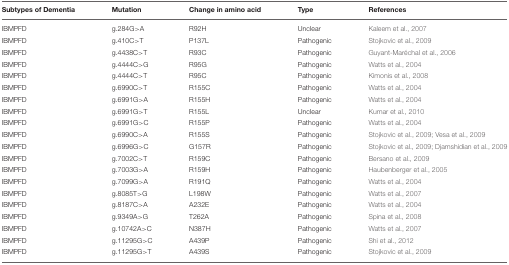
<table><thead><tr><td><b>Subtypes of Dementia</b></td><td><b>Mutation</b></td><td><b>Change in amino acid</b></td><td><b>Type</b></td><td><b>References</b></td></tr></thead><tbody><tr><td>IBMPFD</td><td>g.284G&gt;A</td><td>R92H</td><td>Unclear</td><td>Kaleem et al., 2007</td></tr><tr><td>IBMPFD</td><td>g.410C&gt;T</td><td>P137L</td><td>Pathogenic</td><td>Stojkovic et al., 2009</td></tr><tr><td>IBMPFD</td><td>g.4438C&gt;T</td><td>R93C</td><td>Pathogenic</td><td>Guyant-Maréchal et al., 2006</td></tr><tr><td>IBMPFD</td><td>g.4444C&gt;G</td><td>R95G</td><td>Pathogenic</td><td>Watts et al., 2004</td></tr><tr><td>IBMPFD</td><td>g.4444C&gt;T</td><td>R95C</td><td>Pathogenic</td><td>Kimonis et al., 2008</td></tr><tr><td>IBMPFD</td><td>g.6990C&gt;T</td><td>R155C</td><td>Pathogenic</td><td>Watts et al., 2004</td></tr><tr><td>IBMPFD</td><td>g.6991G&gt;A</td><td>R155H</td><td>Pathogenic</td><td>Watts et al., 2004</td></tr><tr><td>IBMPFD</td><td>g.6991G&gt;T</td><td>R155L</td><td>Unclear</td><td>Kumar et al., 2010</td></tr><tr><td>IBMPFD</td><td>g.6991G&gt;C</td><td>R155P</td><td>Pathogenic</td><td>Watts et al., 2004</td></tr><tr><td>IBMPFD</td><td>g.6990C&gt;A</td><td>R155S</td><td>Pathogenic</td><td>Stojkovic et al., 2009; Vesa et al., 2009</td></tr><tr><td>IBMPFD</td><td>g.6996G&gt;C</td><td>G157R</td><td>Pathogenic</td><td>Stojkovic et al., 2009; Djamshidian et al., 2009</td></tr><tr><td>IBMPFD</td><td>g.7002C&gt;T</td><td>R159C</td><td>Pathogenic</td><td>Bersano et al., 2009</td></tr><tr><td>IBMPFD</td><td>g.7003G&gt;A</td><td>R159H</td><td>Pathogenic</td><td>Haubenberger et al., 2005</td></tr><tr><td>IBMPFD</td><td>g.7099G&gt;A</td><td>R191Q</td><td>Pathogenic</td><td>Watts et al., 2004</td></tr><tr><td>IBMPFD</td><td>g.8085T&gt;G</td><td>L198W</td><td>Pathogenic</td><td>Watts et al., 2007</td></tr><tr><td>IBMPFD</td><td>g.8187C&gt;A</td><td>A232E</td><td>Pathogenic</td><td>Watts et al., 2004</td></tr><tr><td>IBMPFD</td><td>g.9349A&gt;G</td><td>T262A</td><td>Pathogenic</td><td>Spina et al., 2008</td></tr><tr><td>IBMPFD</td><td>g.10742A&gt;C</td><td>N387H</td><td>Pathogenic</td><td>Watts et al., 2007</td></tr><tr><td>IBMPFD</td><td>g.11295G&gt;C</td><td>A439P</td><td>Pathogenic</td><td>Shi et al., 2012</td></tr><tr><td>IBMPFD</td><td>g.11295G&gt;T</td><td>A439S</td><td>Pathogenic</td><td>Stojkovic et al., 2009</td></tr></tbody></table>